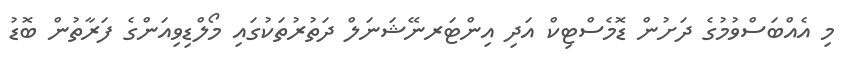
މި އެއްބަސްވުމުގެ ދަށުން ޑޮމެސްޓިކް އަދި އިންޓަރނޭޝަނަލް ދަތުރުތަކުގައި މޯލްޑިވިއަންގެ ފަރާތުން ބޮޑު